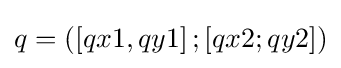
q=\left(\left[qx1,qy1\right];\left[qx2;qy2\right]\right)